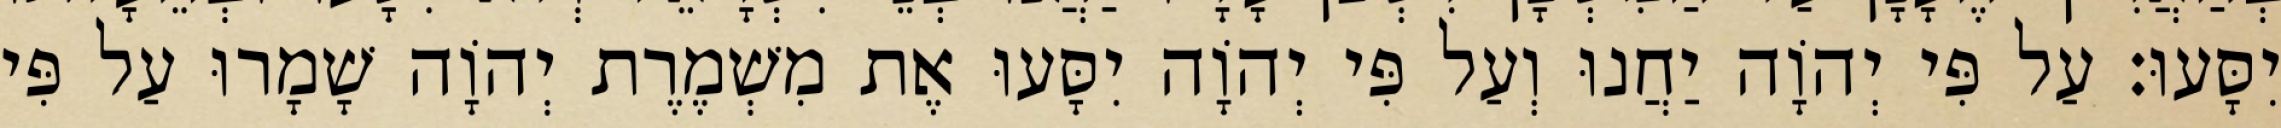
יִסָּעוּ׃ עַל פִּי יְהוָֹה יַחֲנוּ וְעַל פִּי יְהוָֹה יִסָּעוּ אֶת מִשְׁמֶרֶת יְהוָֹה שָׁמָרוּ עַל פִּי